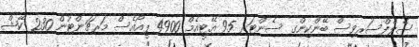
ސެލްފްސަރވިސް ބޭންކިންގ ސެންޓަރ 95 އޭޓީއެމް 4900 ޕީއޯއެސް މަރޗަންޓުން 230 ކޭޝް